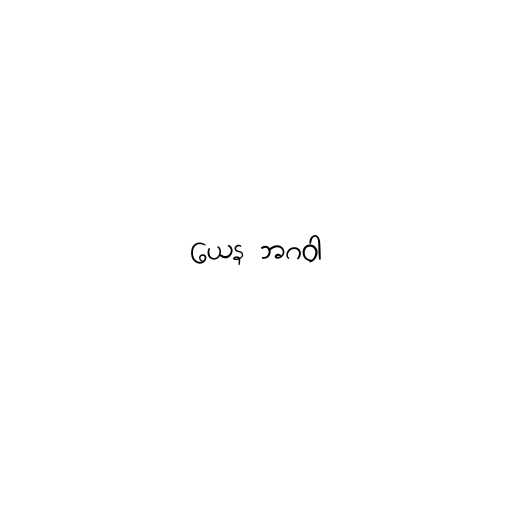
ယေန ဘဂဝါ